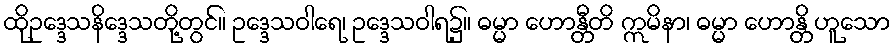
ထိုဥဒ္ဒေသနိဒ္ဒေသတို့တွင်။ ဥဒ္ဒေသဝါရေ၊ ဥဒ္ဒေသဝါရ၌။ ဓမ္မာ ဟောန္တီတိ ဣမိနာ၊ ဓမ္မာ ဟောန္တိ ဟူသော